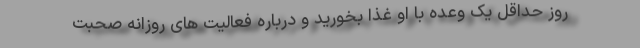
روز حداقل یک وعده با او غذا بخورید و درباره فعالیت های روزانه صحبت